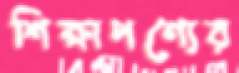
শিক্ষাপণ্যের